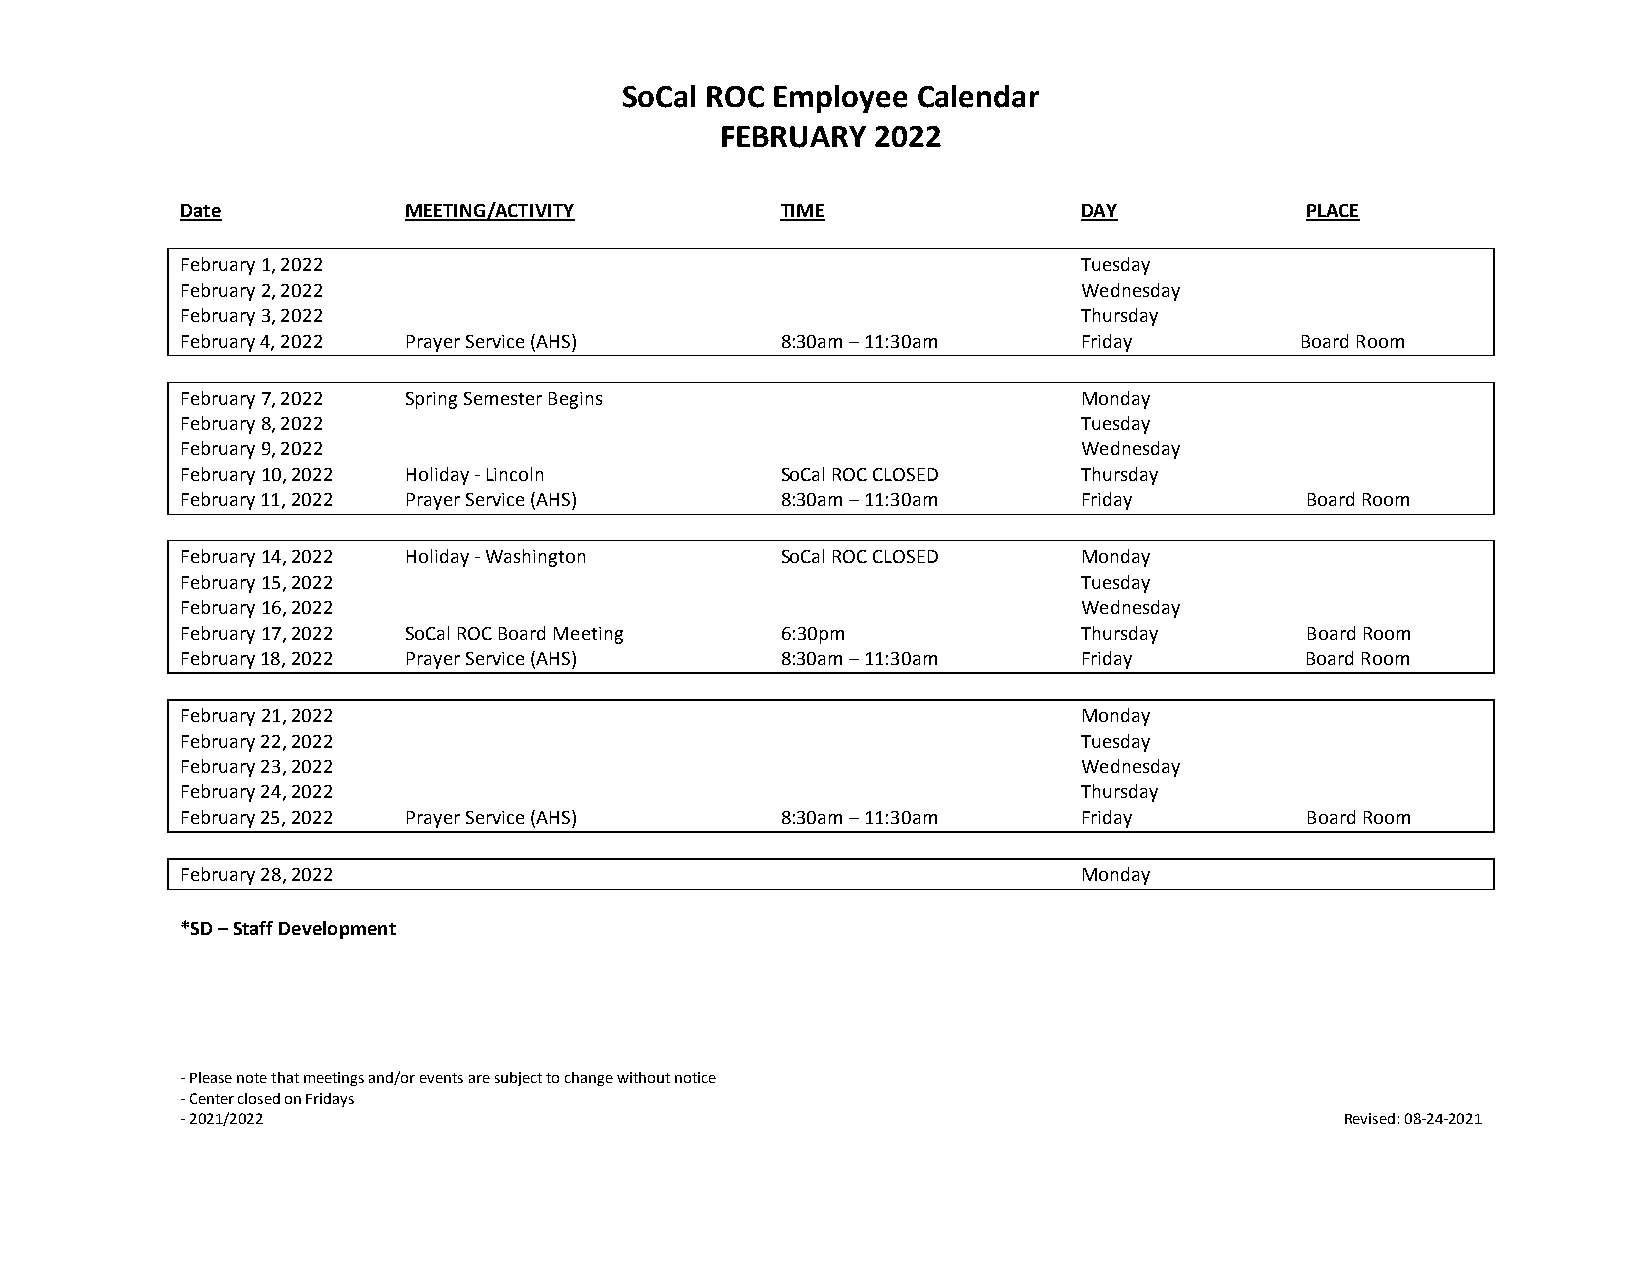
SoCal ROC Employee  Calendar
 FEBRUARY  2022
 Date           MEETING/ACTIVITY         TIME                DAY           PLACE
 February 1, 2022                                            Tuesday
 February 2, 2022                                            Wednesday
 February 3, 2022                                            Thursday
 February 4, 2022 Prayer Service (AHS)   8:30am – 11:30am    Friday        Board Room
 February 7, 2022 Spring Semester Begins                     Monday
 February 8, 2022                                            Tuesday
 February 9, 2022                                            Wednesday
 February 10, 2022 Holiday - Lincoln     SoCal ROC CLOSED    Thursday
 February 11, 2022 Prayer Service (AHS)  8:30am – 11:30am    Friday        Board Room
 February 14, 2022 Holiday - Washington  SoCal ROC CLOSED    Monday
 February 15, 2022                                           Tuesday
 February 16, 2022                                           Wednesday
 February 17, 2022 SoCal ROC Board Meeting 6:30pm            Thursday      Board Room
 February 18, 2022 Prayer Service (AHS)  8:30am – 11:30am    Friday        Board Room
 February 21, 2022                                           Monday
 February 22, 2022                                           Tuesday
 February 23, 2022                                           Wednesday
 February 24, 2022                                           Thursday
 February 25, 2022 Prayer Service (AHS)  8:30am – 11:30am    Friday        Board Room
 February 28, 2022                                           Monday
 *SD – Staff Development
 - Please note that meetings and/or events are subject to change without notice
 - Center closed on Fridays
 - 2021/2022                                                                  Revised: 08-24-2021